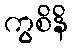
ကွစိနိ